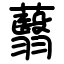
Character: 蘙